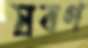
স্রবণ